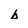
Character: b